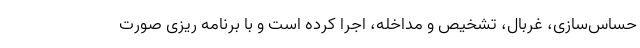
حساس‌سازی، غربال، تشخیص و مداخله، اجرا کرده است و با برنامه ریزی صورت